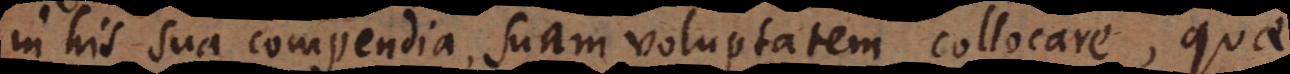
in his sua compendia, suam voluptatem collocare, quae